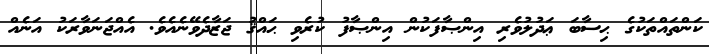
ކަންތައްތަކުގެ ޙިސާބަ ޢަދުލުވެރި އިންޞާފަކުން އިންޞާފު ކުރެވި ޙައްޤު ޖަޒާދެވޭނެއެވެ. އެއްޖަނަވާރަކު އަނެއް